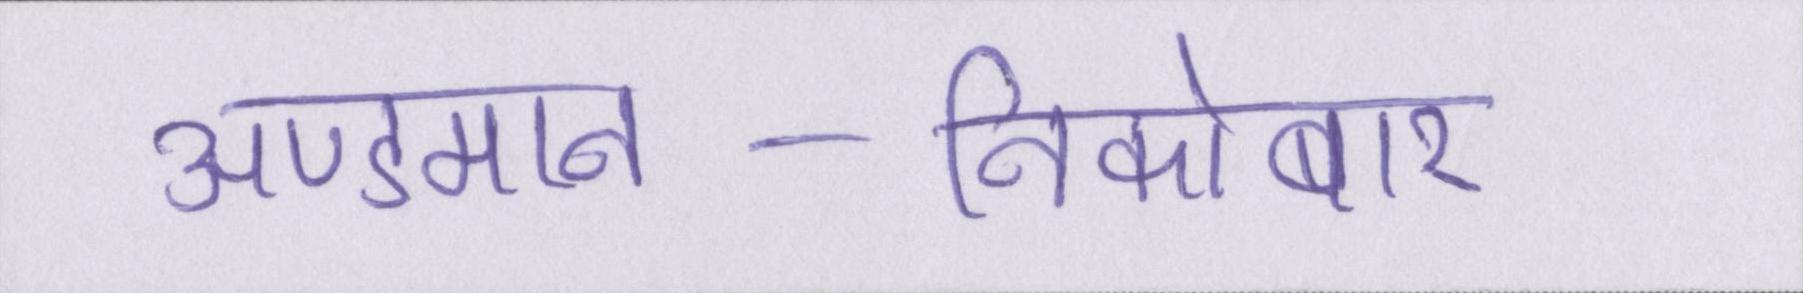
अण्डमान-निकोबार